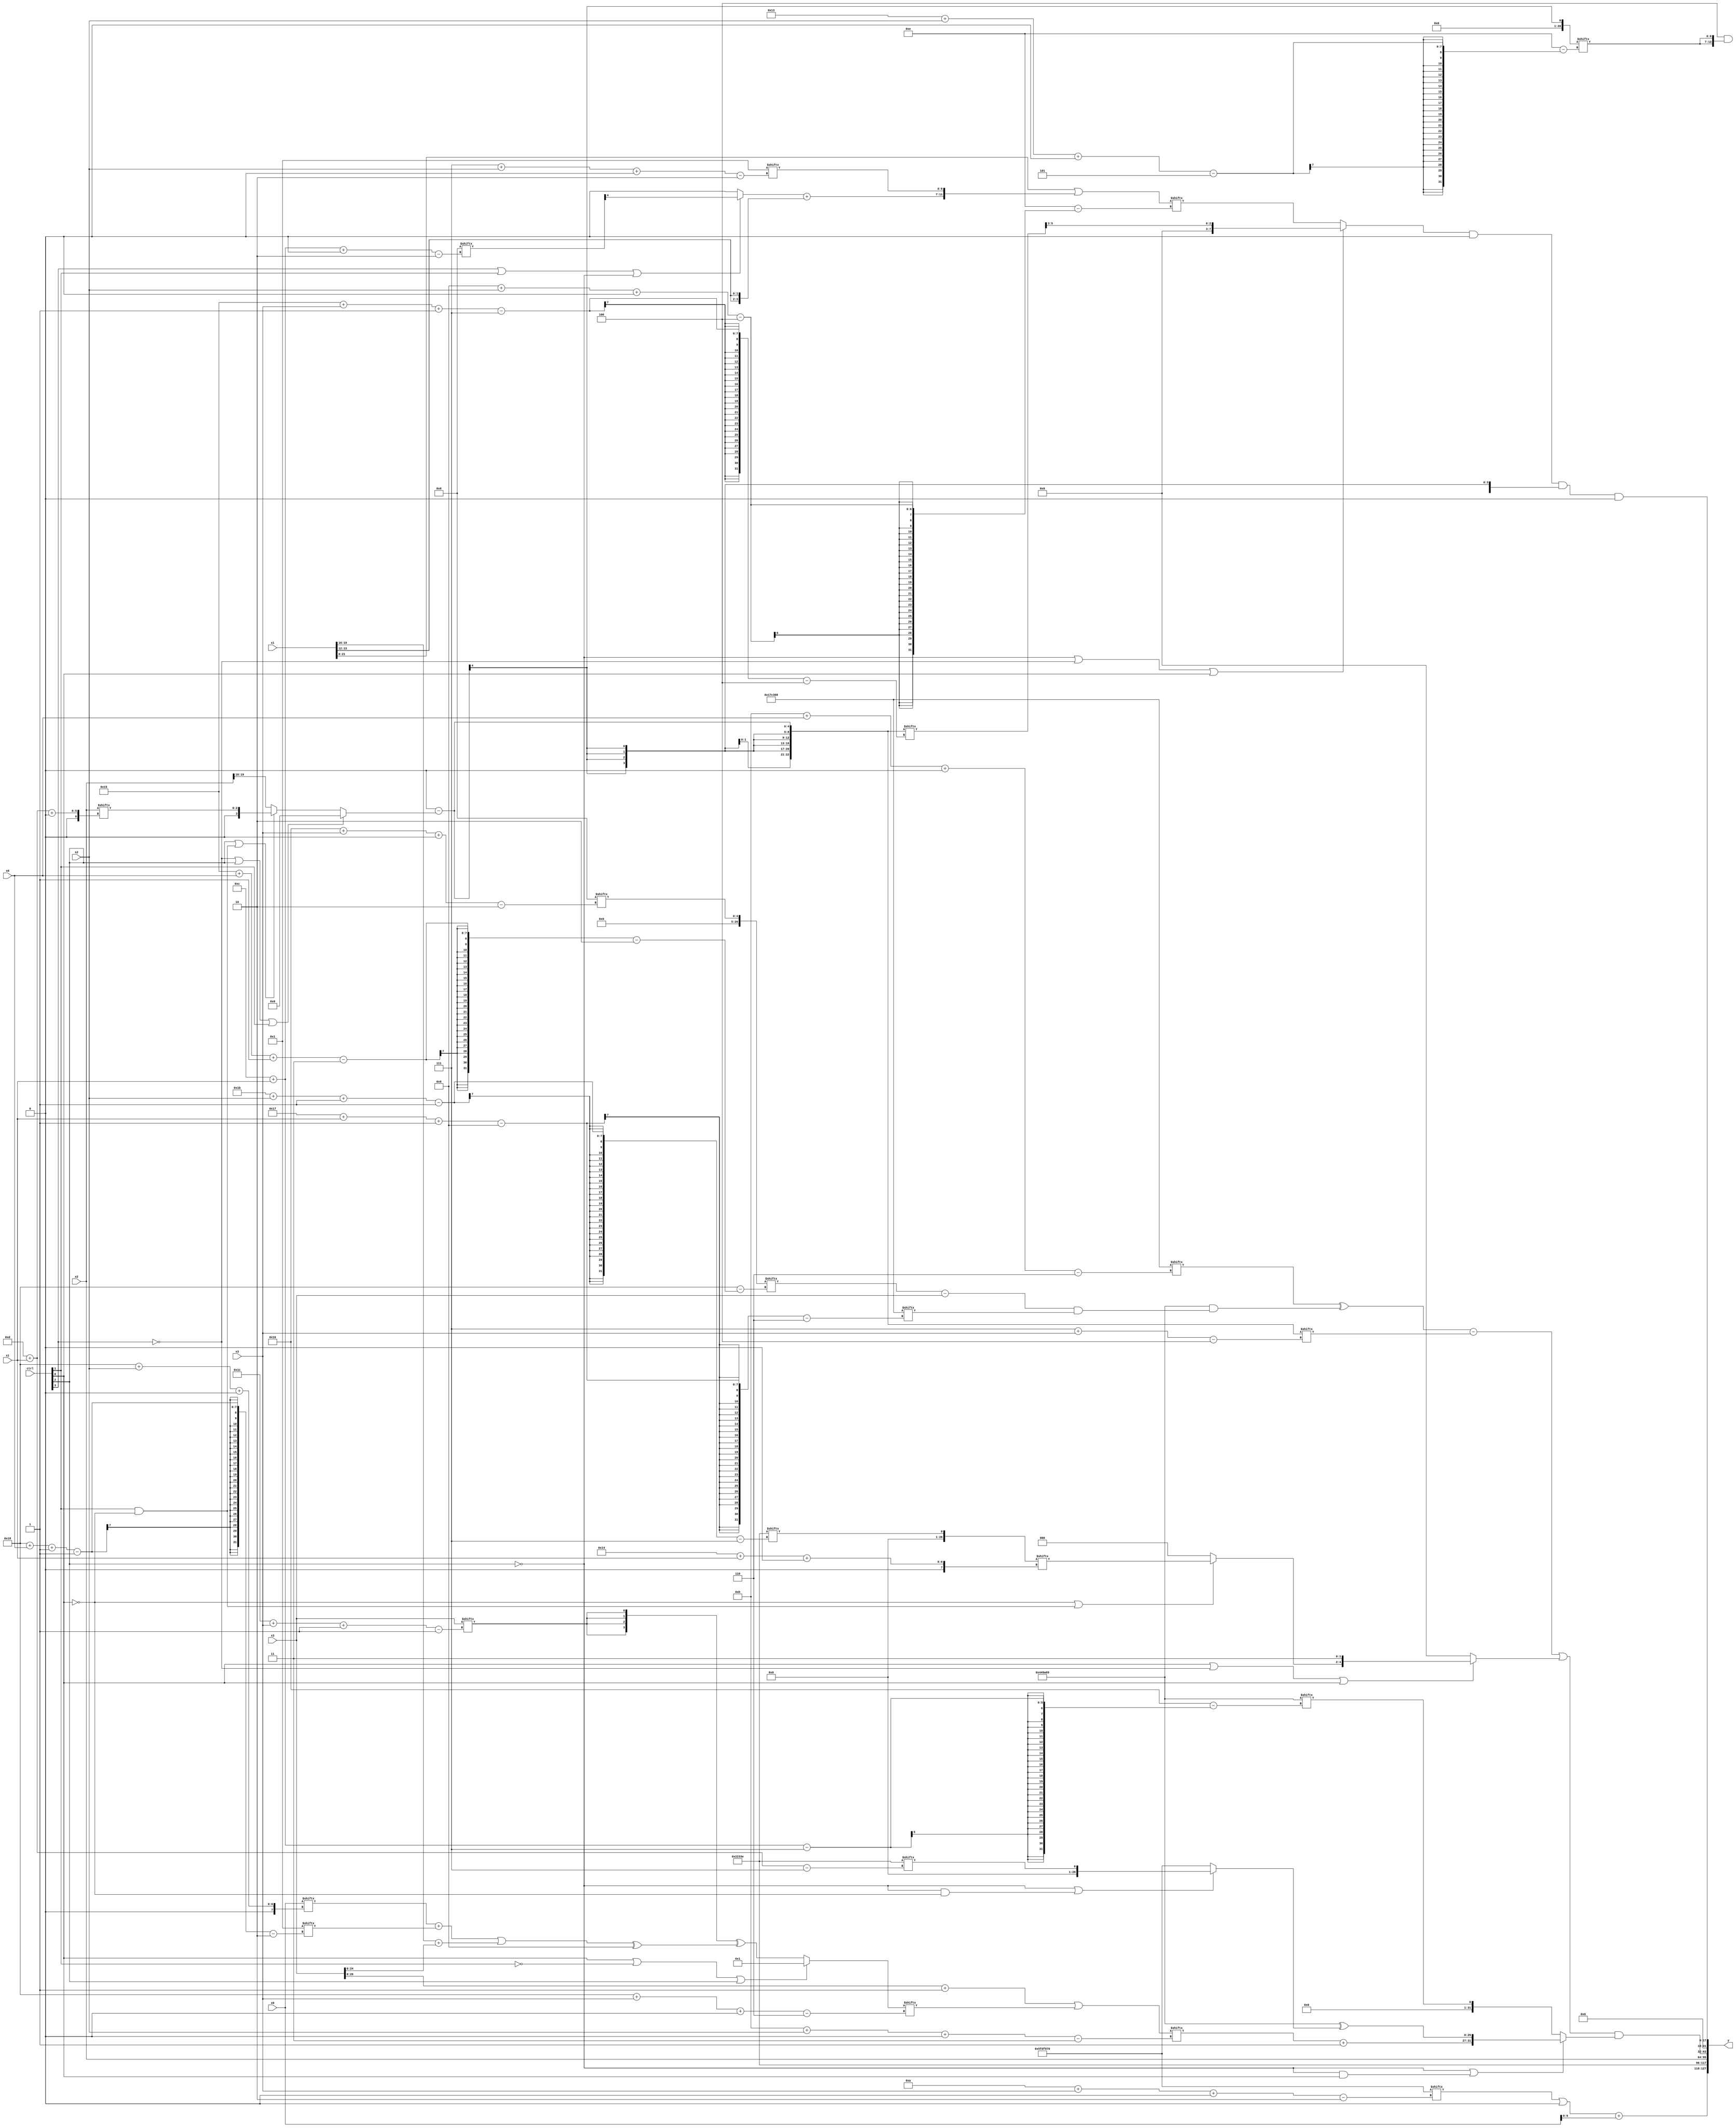
module partsel_00312(ctrl, s0, s1, s2, s3, x0, x1, x2, x3, y);
  input [3:0] ctrl;
  input [2:0] s0;
  input [2:0] s1;
  input [2:0] s2;
  input [2:0] s3;
  input signed [31:0] x0;
  input [31:0] x1;
  input signed [31:0] x2;
  input [31:0] x3;
  wire [28:2] x4;
  wire signed [30:2] x5;
  wire signed [30:6] x6;
  wire [29:5] x7;
  wire signed [4:25] x8;
  wire signed [26:0] x9;
  wire [26:4] x10;
  wire [0:26] x11;
  wire signed [5:25] x12;
  wire signed [2:28] x13;
  wire [29:3] x14;
  wire [7:25] x15;
  output [127:0] y;
  wire signed [31:0] y0;
  wire signed [31:0] y1;
  wire signed [31:0] y2;
  wire [31:0] y3;
  assign y = {y0,y1,y2,y3};
  localparam signed [26:6] p0 = 957858568;
  localparam signed [28:7] p1 = 910304062;
  localparam [28:2] p2 = 234748016;
  localparam [7:29] p3 = 440703593;
  assign x4 = p0[18];
  assign x5 = p2[23 -: 1];
  assign x6 = (ctrl[0] || !ctrl[1] || ctrl[2] ? p1[12 +: 1] : ({2{{2{x3[28 + s3 -: 1]}}}} ^ (({p0[18 -: 3], (x0[24 + s2 +: 2] + (x5[24 + s0 -: 1] ^ x4[12 -: 2]))} | (x1[16 +: 4] + x3)) ^ p0[20 -: 4])));
  assign x7 = x4[12 + s1 +: 7];
  assign x8 = (x1 | {{2{((ctrl[3] || ctrl[1] || !ctrl[2] ? x7[9] : x4) + {2{x1[13 -: 2]}})}}, x5[7 + s2 +: 7]});
  assign x9 = p1[27 + s2 -: 1];
  assign x10 = (x4[16] - (!ctrl[3] || ctrl[2] || ctrl[1] ? p0[19] : (ctrl[2] || ctrl[1] && !ctrl[0] ? x2[13 + s1 +: 3] : x2[19 -: 4])));
  assign x11 = x10[21 + s3 -: 7];
  assign x12 = x10[12];
  assign x13 = x4[22 + s3 +: 5];
  assign x14 = (({2{{((x7[6 + s2] & p1) ^ p0[18 -: 4]), x3}}} + p0[12 -: 4]) | x6[24 + s3 +: 5]);
  assign x15 = p3[16 + s3];
  assign y0 = {((p2[10 + s3 +: 8] | p0[10]) + {2{x0}}), p1};
  assign y1 = x2;
  assign y2 = ((((p0[11 + s0 +: 8] ^ (p3 & ((x13[21 + s0 -: 3] - x3) & p0[23 + s1 -: 8]))) - x10[7 + s3]) | (ctrl[0] || !ctrl[3] || ctrl[0] ? {(!ctrl[0] || !ctrl[0] && ctrl[1] ? x9[20 + s1 +: 3] : p0[16 +: 2]), {2{p2[18]}}} : p2[11 +: 2])) & (!ctrl[2] || !ctrl[2] && ctrl[0] ? {(x14[11 + s2 +: 7] + p3[12 +: 3]), ((p1[22 -: 2] + p3) ^ (!ctrl[2] || !ctrl[2] && !ctrl[0] ? p1[13 + s1] : p2))} : p3[12 + s1]));
  assign y3 = ((((!ctrl[2] || !ctrl[3] || ctrl[0] ? x11[23 -: 3] : x8[8 + s2 +: 8]) & {2{p2[12]}}) & {(p3[19 +: 4] & {2{x12[19 + s2 +: 7]}}), x10[17 -: 4]}) & p3[16 -: 2]);
endmodule